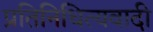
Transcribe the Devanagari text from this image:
प्रतिनिधित्यवादी